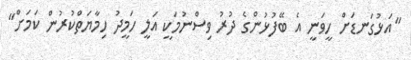
"އަޅުގަނޑަށް ހީވަނީ އެ ބޭފުޅުންގެ ދުރު ވިސްނުމަކީ އަލީ ހަމީދު ހިމާޔަތްކުރުން ކަމަށް"